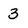
Character: 3